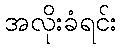
အလိုးခံရင်း